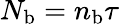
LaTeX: N_{\mathrm{b}}=n_{\mathrm{b}}\tau